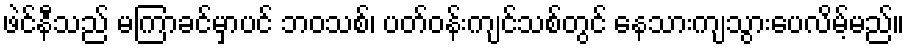
ဖဲင်နီသည် မကြာခင်မှာပင် ဘဝသစ်၊ ပတ်ဝန်းကျင်သစ်တွင် နေသားကျသွားပေလိမ့်မည်။